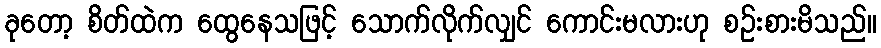
ခုတော့ စိတ်ထဲက ထွေနေသဖြင့် သောက်လိုက်လျှင် ကောင်းမလားဟု စဉ်းစားမိသည်။